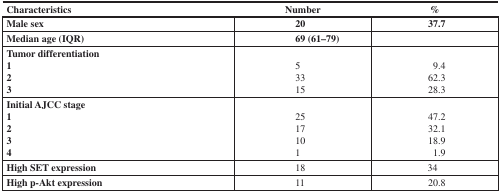
<table><thead><tr><td><b>Characteristics</b></td><td><b>Number</b></td><td><b>%</b></td></tr></thead><tbody><tr><td><b>Male sex</b></td><td><b>20</b></td><td><b>37.7</b></td></tr><tr><td><b>Median age (IQR)</b></td><td><b>69 (61–79)</b></td><td></td></tr><tr><td><b>Tumor differentiation</b><b>1</b><b>2</b><b>3</b></td><td><b>5</b><b>33</b><b>15</b></td><td><b>9.4</b><b>62.3</b><b>28.3</b></td></tr><tr><td><b>Initial AJCC stage</b><b>1</b><b>2</b><b>3</b><b>4</b></td><td><b>25</b><b>17</b><b>10</b><b>1</b></td><td><b>47.2</b><b>32.1</b><b>18.9</b><b>1.9</b></td></tr><tr><td><b>High SET expression</b></td><td>18</td><td>34</td></tr><tr><td><b>High p-Akt expression</b></td><td>11</td><td>20.8</td></tr></tbody></table>